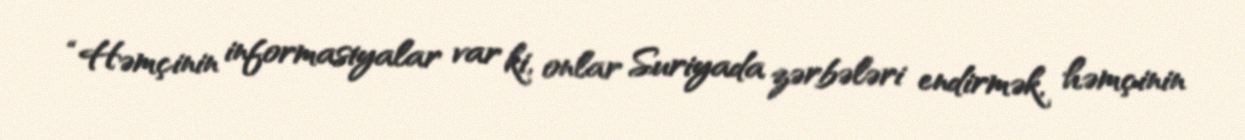
“Həmçinin informasiyalar var ki, onlar Suriyada zərbələri endirmək, həmçinin